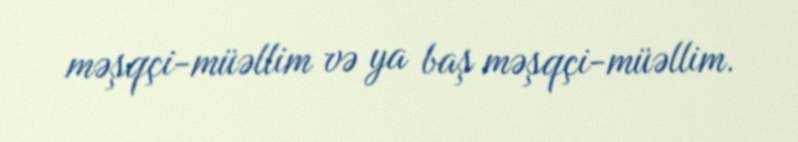
məşqçi-müəllim və ya baş məşqçi-müəllim.